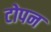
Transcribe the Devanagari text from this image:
टोपन